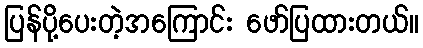
ပြန်ပို့ပေးတဲ့အကြောင်း ဖော်ပြထားတယ်။